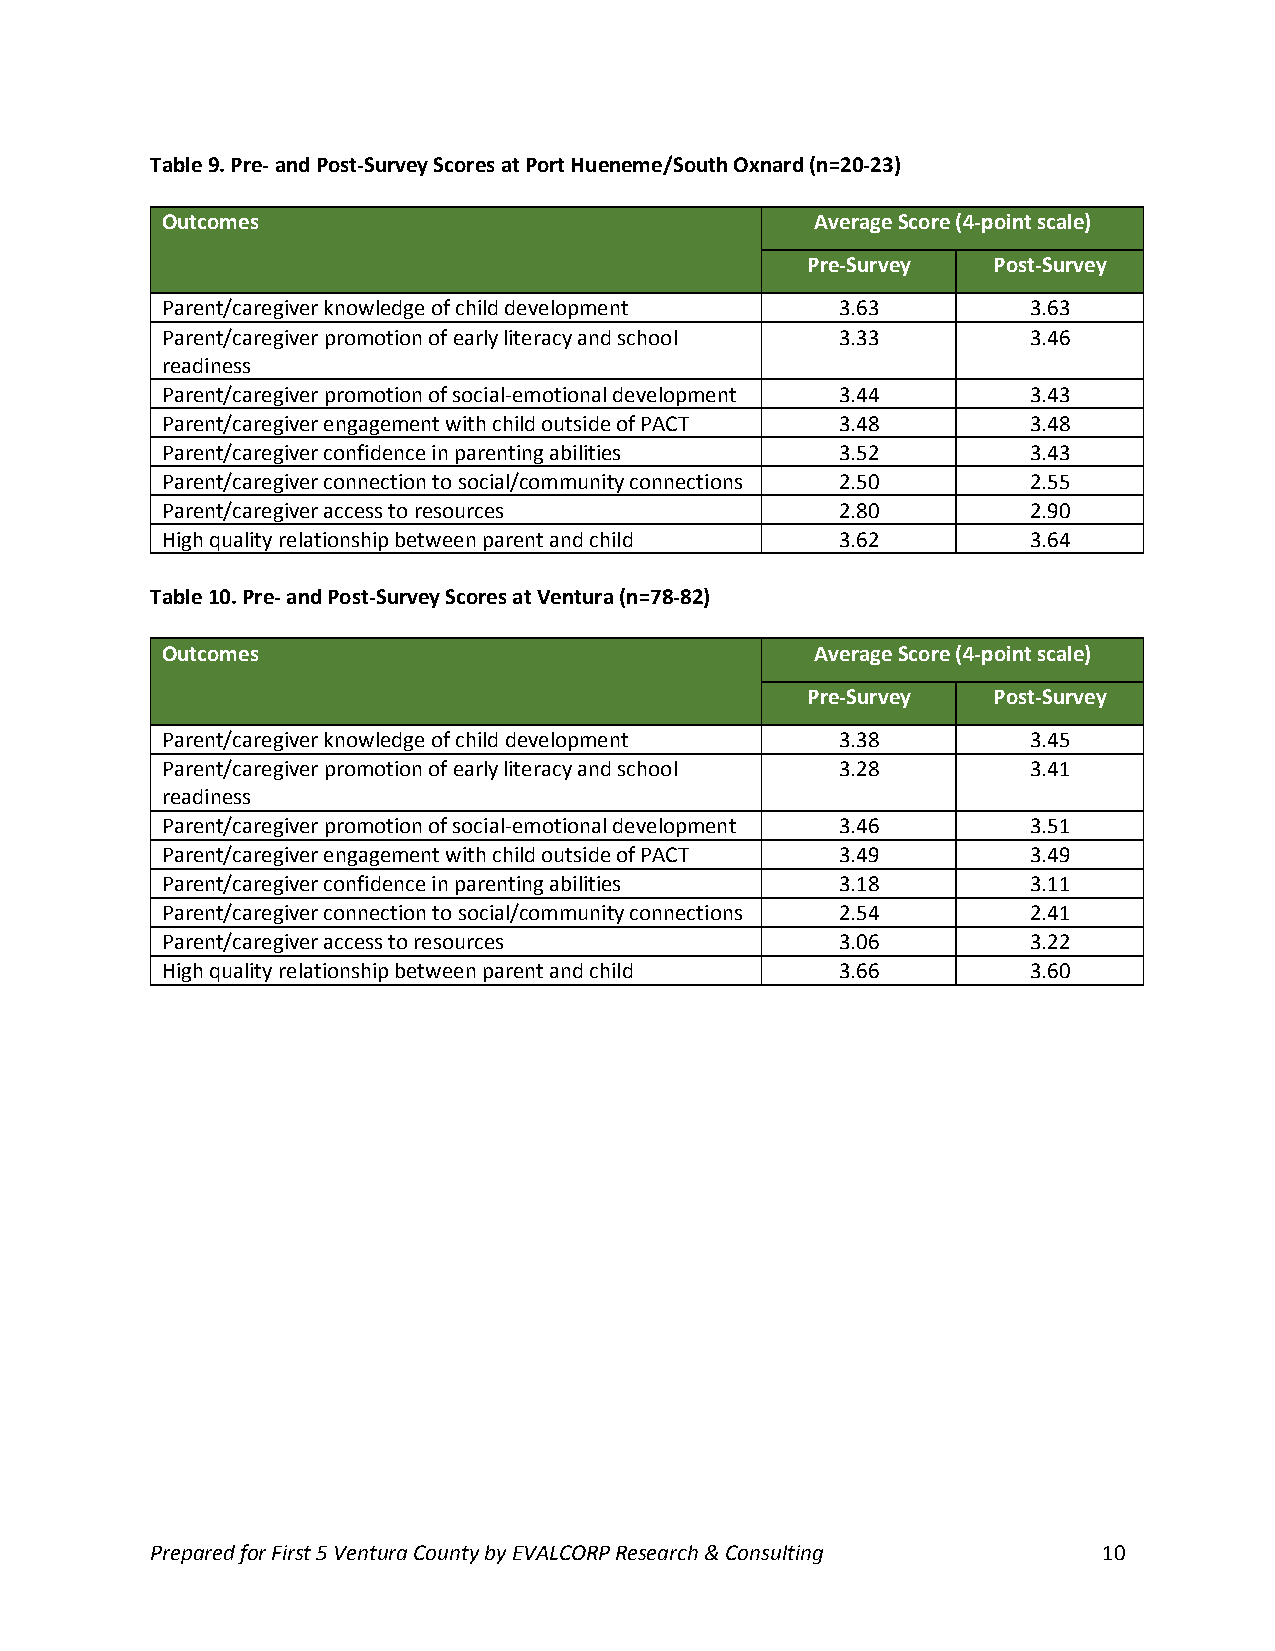
Table 9. Pre- and Post-Survey Scores at Port Hueneme/South Oxnard (n=20-23)
 Outcomes                                   Average Score (4-point scale)
 Pre-Survey   Post-Survey
 Parent/caregiver knowledge of child development 3.63     3.63
 Parent/caregiver promotion of early literacy and school 3.33 3.46
 readiness
 Parent/caregiver promotion of social-emotional development 3.44 3.43
 Parent/caregiver engagement with child outside of PACT 3.48 3.48
 Parent/caregiver confidence in parenting abilities 3.52  3.43
 Parent/caregiver connection to social/community connections 2.50 2.55
 Parent/caregiver access to resources         2.80        2.90
 High quality relationship between parent and child 3.62  3.64
 Table 10. Pre- and Post-Survey Scores at Ventura (n=78-82)
 Outcomes                                   Average Score (4-point scale)
 Pre-Survey   Post-Survey
 Parent/caregiver knowledge of child development 3.38     3.45
 Parent/caregiver promotion of early literacy and school 3.28 3.41
 readiness
 Parent/caregiver promotion of social-emotional development 3.46 3.51
 Parent/caregiver engagement with child outside of PACT 3.49 3.49
 Parent/caregiver confidence in parenting abilities 3.18  3.11
 Parent/caregiver connection to social/community connections 2.54 2.41
 Parent/caregiver access to resources         3.06        3.22
 High quality relationship between parent and child 3.66  3.60
 Prepared for First 5 Ventura County by EVALCORP Research & Consulting 10